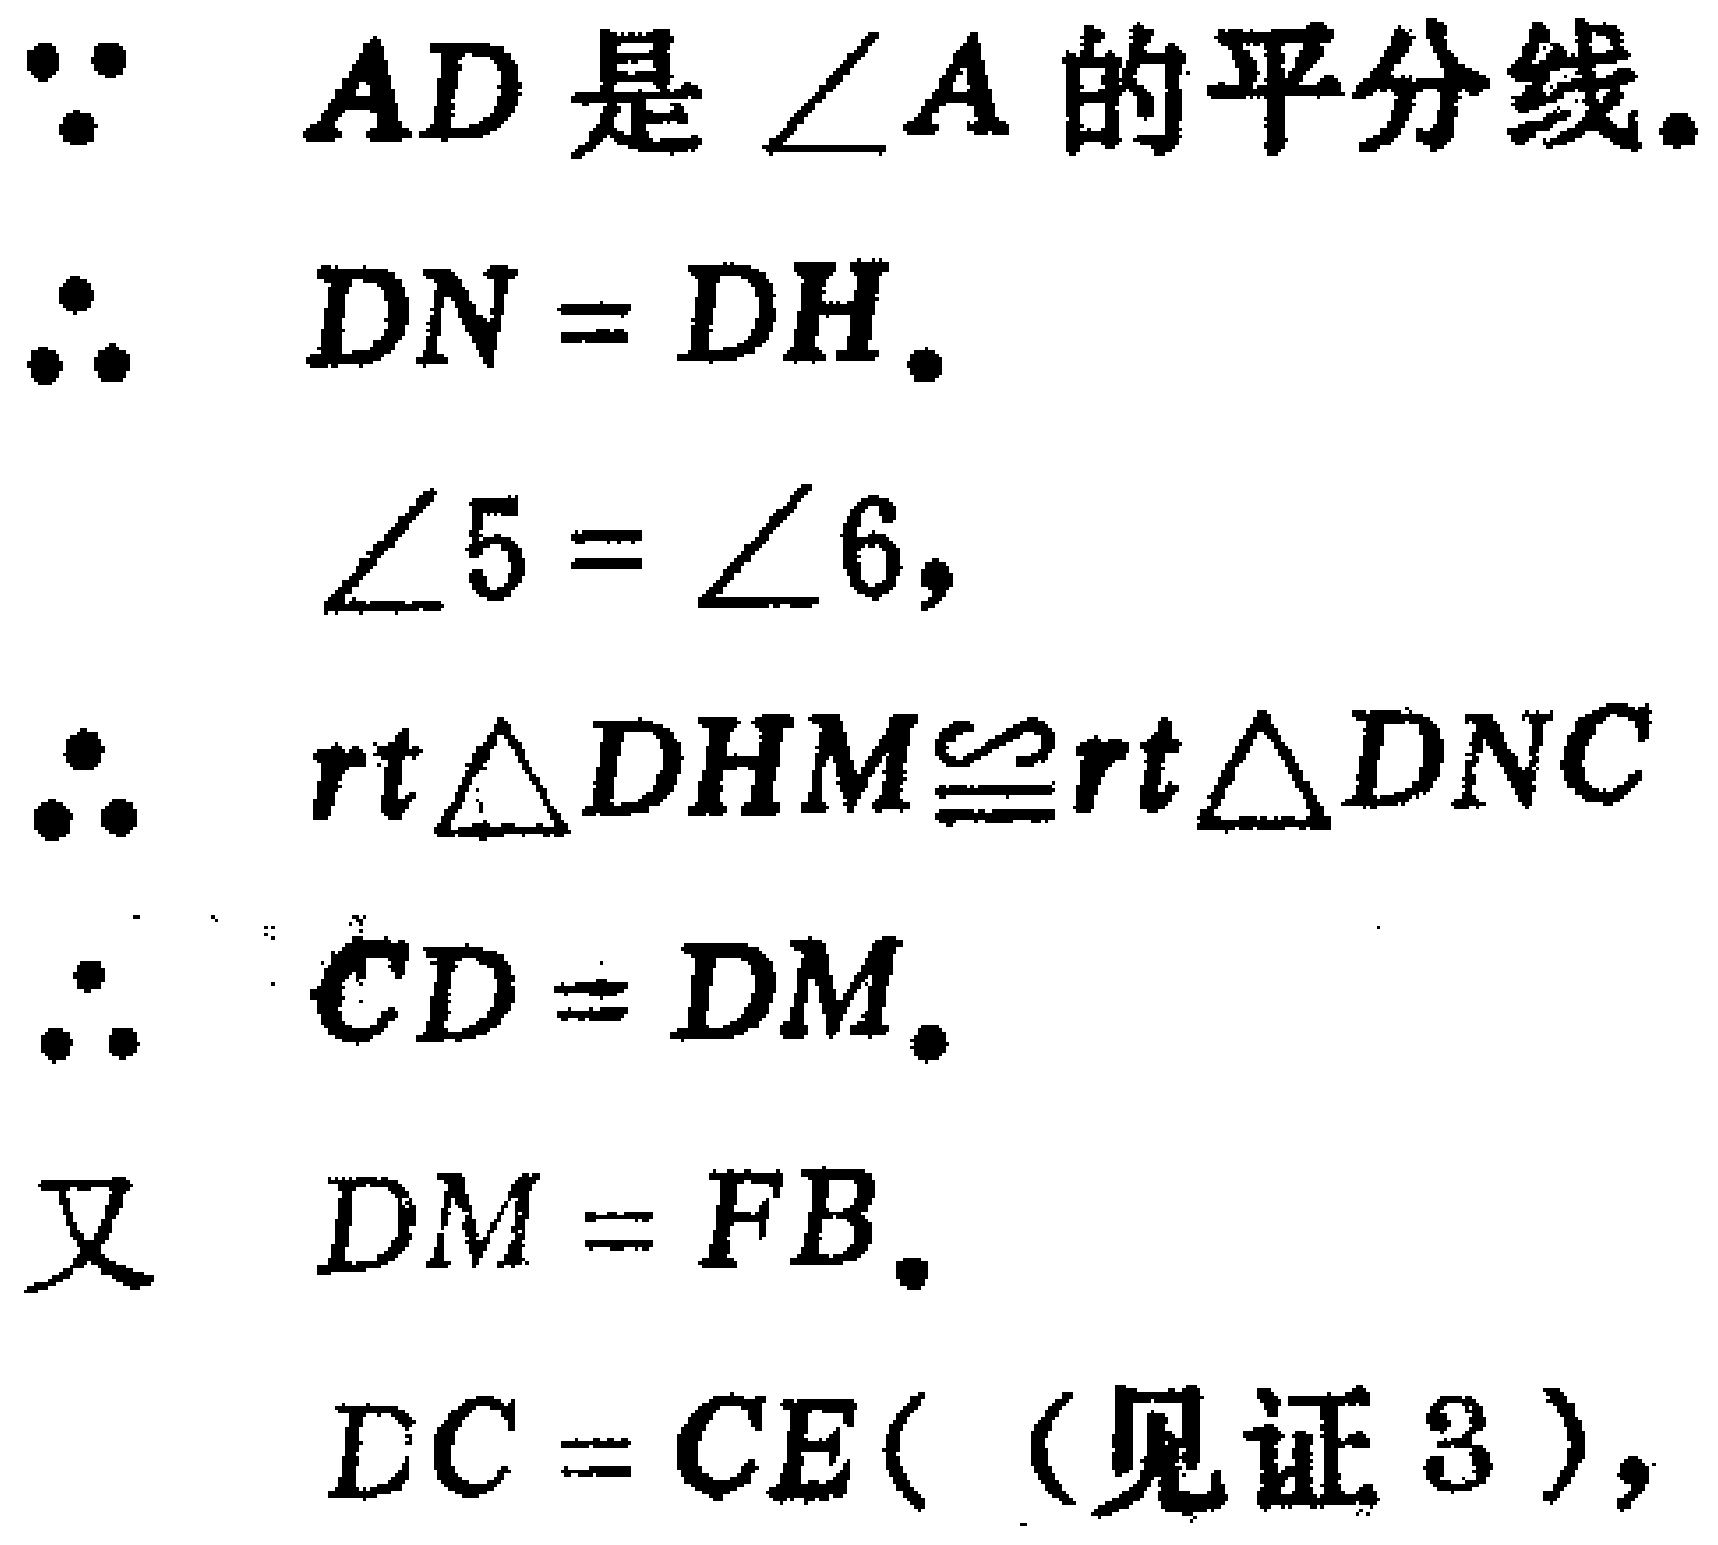
\begin{align*}

&\because AD\text{ 是 }\angle A\text{ 的平分线。}\\

&\therefore DN = DH。\\

&\angle 5 = \angle 6,\\

&\therefore \text{rt}\triangle DHM\cong\text{rt}\triangle DNC\\

&\therefore CD = DM。\\

&\text{又 }DM = FB。\\

&DC = CE(（\text{见证 }3）),

\end{align*}